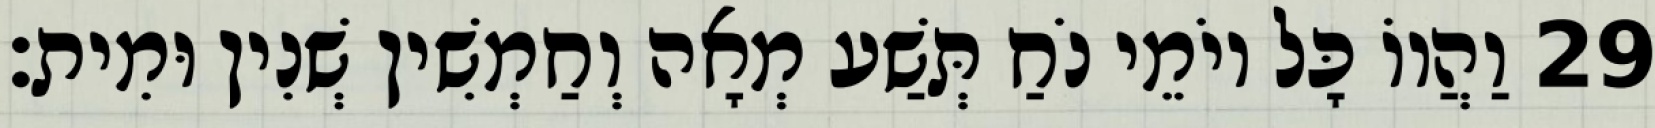
29 וַהֲווֹ כָּל יוֹמֵי נֹחַ תְּשַׁע מְאָה וְחַמְשִׁין שְׁנִין וּמִית׃